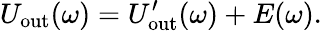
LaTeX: U_{\mathrm{out}}(\omega)=U_{\mathrm{out}}^{\prime}(\omega)+E(\omega).